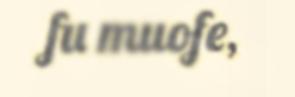
fu muofe,